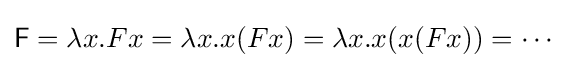
{\mathsf {F}}=\lambda x.Fx=\lambda x.x(Fx)=\lambda x.x(x(Fx))=\cdots